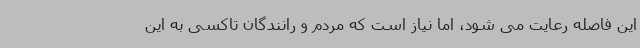
این فاصله رعایت می شود، اما نیاز است که مردم و رانندگان تاکسی به این